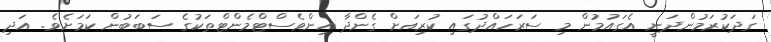
ގަދަކުރަމުންދަނީ އެގައުމުން މި ސަރަހައްދުގައި ކުރިއަށް ގެންދާ އިންވެސްޓްމެންޓްތަކުގެ ސަބަބުން ކަމަށެވެ. އަދި